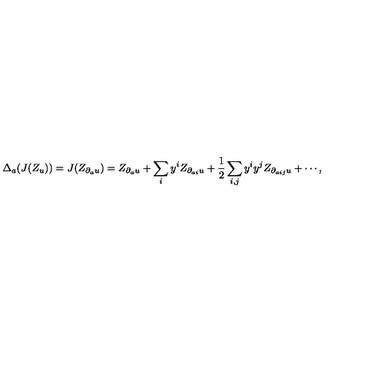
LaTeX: \Delta _ { a } ( J ( Z _ { u } ) ) = J ( Z _ { \partial _ { a } u } ) = Z _ { \partial _ { a } u } + \sum _ { i } y ^ { i } Z _ { \partial _ { a i } u } + { \frac { 1 } { 2 } } \sum _ { i , j } y ^ { i } y ^ { j } Z _ { \partial _ { a i j } u } + \cdots ,